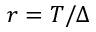
r = T / \Delta